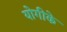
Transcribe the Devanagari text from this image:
योगीके